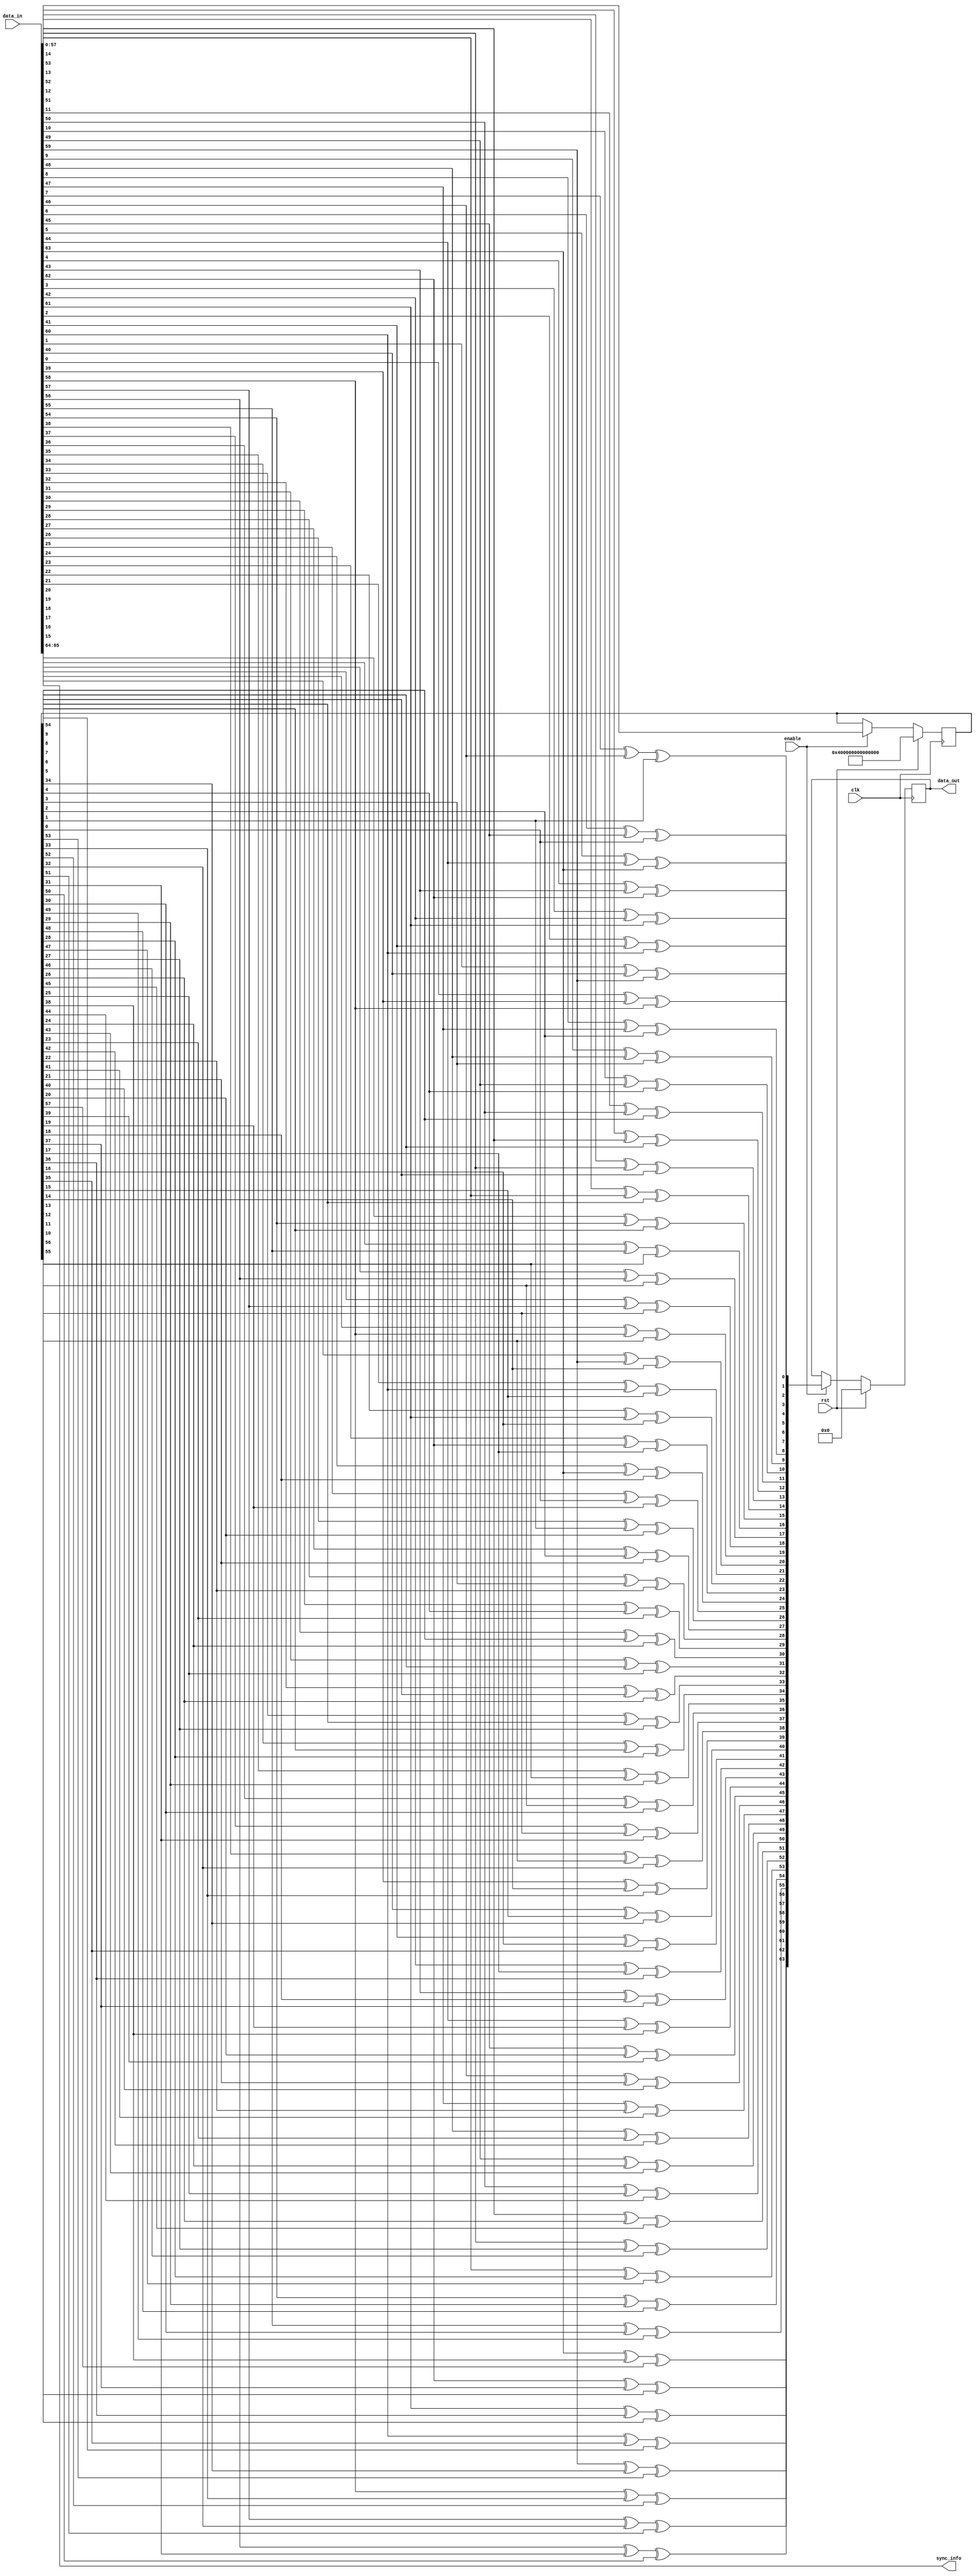
module descrambler #
(
    parameter RX_DATA_WIDTH = 64
)
(
    // User Interface
    data_in,
    data_out,
    enable,
    sync_info,
    // System Interface
    clk, 
    rst
);

//***********************************Port Declarations*******************************

    // User Interface
    input   [0:(RX_DATA_WIDTH+1)] data_in;  // Add to data_out bit width to accomodate for sync header
    input                         enable;
    output  [(RX_DATA_WIDTH-1):0] data_out;
    output [1:0] sync_info;
    // System Interface
    input              clk; 
    input              rst; 

//***************************Internal Register Declarations********************

    //reg     [((RX_DATA_WIDTH*2)-7):0]  descrambler;
    reg     [57:0]  descrambler;
    integer                            i;
    reg     [((RX_DATA_WIDTH*2)-7):0]  poly;
    reg     [0:(RX_DATA_WIDTH-1)]      tempData;
    reg     [(RX_DATA_WIDTH-1):0]      unscrambled_data_i;
    reg                                xorBit;
    wire    [0:63]                     data_scram;
    
    assign data_scram = data_in[2:65];
    assign sync_info = data_in[0:1];
    
//*********************************Main Body of Code***************************

    always @(descrambler,data_scram)
    begin
        poly = descrambler;
        for (i=0;i<=(RX_DATA_WIDTH-1);i=i+1)
        begin
            xorBit = data_scram[i] ^ poly[38] ^ poly[57];
            poly = {poly[((RX_DATA_WIDTH*2)-8):0],data_scram[i]};
            tempData[i] = xorBit;
        end
    end

    always @(posedge clk)
    begin
        if (rst) begin
            unscrambled_data_i <= 'h0;
            //descrambler        <= 122'h155_5555_5555_5555_5555_5555_5555_5555; // MAKE THIS SET VIA PARAMETERS
            descrambler        <= 122'hFFF_FFFF_FFFF_FFFF_FFFF_FFFF_FFFF_FFFF; // MAKE THIS SET VIA PARAMETERS
        end
        else if (enable) begin
            unscrambled_data_i <= tempData;
            descrambler        <= poly;
        end
    end

    //________________ Scrambled Data assignment to output port _______________   
    assign data_out = unscrambled_data_i;

endmodule